Medical and sanitary report of the native army of Bengal for the year
Year: 1878
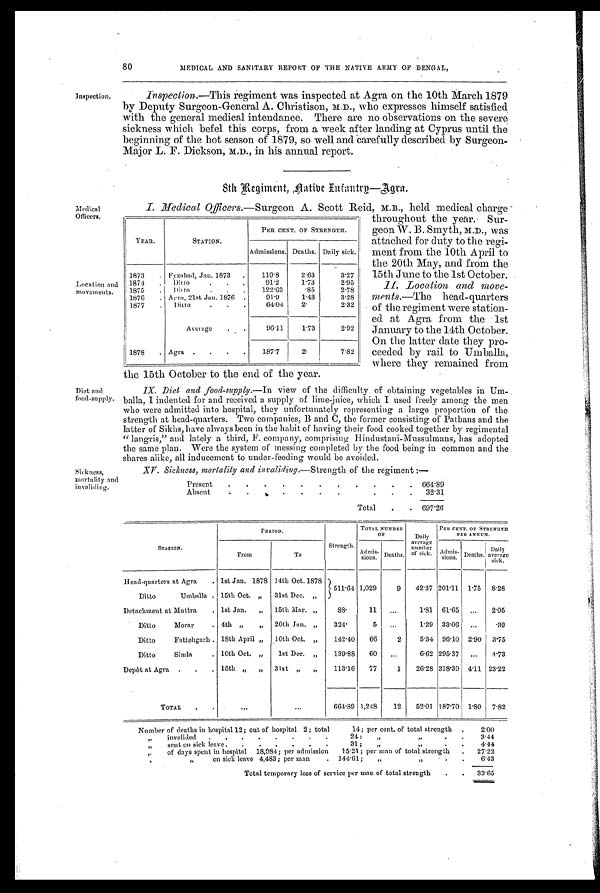
80
MEDICAL AND SANITARY REPORT OF THE NATIVE ARMY OF BENGAL,
Inspection. •
Inspection.—This regiment was inspected at Agra on the 10th March 1879
by Deputy Surgeon-General A. Christison, M.D., Who expresses himself satisfied
with the general medical intendance. There are no observations on the severe
sickness which befel this corps, from a week after landing at Cyprus until the
beginning of the hot season of 1879, so well and carefully described by Surgeon-
Major L. F. Dickson, M.D., in his annual report.
8th Regiment, Aatibe Infantry—Agra.
Medical
Officers.
Location and
movements.
Diet and
food-supply.
Sickness,
mortality and
invaliding.
I. Medical Officers.—Surgeon A. Scott Reid, M.B, held medical charge
throughout the year. Sur-
geon W. B. Smyth, M.D., was
attached for duty to the regi-
ment from the 10th April to
the 20th May, and from the
15th June to the 1st October.
II. Location and move-
men ts.—The head- quarters
of the regiment were station-
ed at Agra from the 1st
January to the 14th October.
On the latter date they pro-
ceeded by rail to Umballa,
where they remained from
the 15th October to the end of the year.
IX. Diet and food-supply.—In view of the difficulty of obtaining vegetables in Um-
balla, I indented for and received a supply of lime-juice, which I used freely among the men
who were admitted into hospital, they unfortunately representing a large proportion of the
strength at head-quarters. Two companies, B and C, the former consisting of Pathans and the
latter of Sikhs, have always been in the habit of' having their food cooked together by regimental
" langris," and lately a third, F. company, comprising Hindustani-Mussulmans, has adopted
the same plan. Were the system of messing completed by the food being in common and the
shares alike, all inducement to under-feeding would be avoided.
XV. Sickness, mortality and invaliding.—Strength of the regiment :—
Present . . .
.
.
.
.
. .
. . 6 6 4 . 8 9
Absent
. .
. 32.31
Total . . 697.26
YEAR.
STATION.
PER CENT. OF STRENGTH.
Admissions. Deaths. Daily sick.
1873 . Fyzabad, Jan. 1873 .
110.8
2.63
3 . 2 7
1874 . Ditto
91.2
1 . 7 3
2.95
1875 . Ditto
.
122.63
. 8 5
2.78
1876 . Agra, 21st Jan. 1876 .
91.9
1.43
3.28
1877 . Ditto
64.04
2.
2.32
Average . .
96.11
1.73
2.92
1878 . Agra . . . .
187.7
2.
7.82
STATION.
PERIOD.
TOTAL NUMBER OF
Daily
average
n u m b e r o f s i c k .
PER CENT. OF STRENGTH
PER ANNUM.
From
To
Strength.
A d m i s -
sions. Deaths
Admis
- sions. Deaths. Daily
average sick.
Head-quarters at Agra . 1st Jan. 1878 14th Oct. 1878 511.64 1,029
9 42.37 201.11 1.75 8.28
Ditto
Umballa 15th Oct. „ 31st Dec. „
Detachment at Muttra . 1st Jan. „ 15th Mar. „
88.
11 . . .
1 . 8 1 61.65 ... 2.05
Ditto
Morar
. 4th „ „ 20th Jan. „
3 2 4 .
5 ...
1.29 33.06 ...
.39
Ditto
Fattehgarh 18th April „ 10th Oct. „
142.40 66
2
5.34 96.10 2.90 3.75
Ditto
Simla
. 10th Oct. „ 1st Dec. „
139.88 60 ...
6.62 295.37 ... 4.73
Depôt at Agra . . . 15th „ „ 31st „ „
113.16 77
1 26.28 318.39 4.11 23.22
TOTAL . .
. . .
. . .
664.89 1,248
12 52.01 187.70 1.80 7.82
Number of deaths in hospital 12; out of hospital 2; total
14; per cent. of total strength .
2.00
„ invalided . . . . . . . .
24 ; „
. .
3.44
„ sent on sick leave. . . . . . .
31 ; ,,
. .
4.44
,. of days spent in hospital 18,984; per admission 15.21; per man of total strength . 27.22
„
on sick leave 4,483; per man
. 144.61; „
,,
.
. 6.43
Total temporary loss of service per man of total strength
. . 33.65